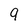
Character: 9